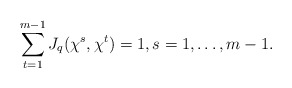
\begin{align*}\sum\limits_{t=1}^{m-1}J_q(\chi^s,\chi^t)=1,s=1,\dots,m-1.\end{align*}